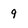
Character: 9